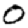
Digit: 0